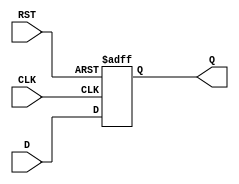
module FlipFlopRegister #(parameter N = 8) (
    input  wire [N-1:0] D,     // Data inputs
    input  wire CLK,            // Clock input
    input  wire RST,            // Asynchronous reset input
    output reg  [N-1:0] Q       // Data outputs
);

// Synchronous reset (optional)
always @(posedge CLK or posedge RST) begin
    if (RST) begin
        Q <= 0;                 // Reset all bits to 0 (or any specific value)
    end else begin
        Q <= D;                 // Capture data on rising edge of CLK
    end
end

endmodule